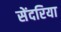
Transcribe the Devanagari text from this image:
सेंदरिया